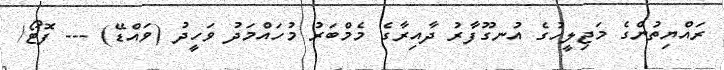
ރައްޔިތުންގެ މަޖިލީހުގެ އުނގޫފާރު ދާއިރާގެ މެމްބަރު މުހައްމަދު ވަހީދު (ވައްޑޭ) --- ފޮޓޯ/